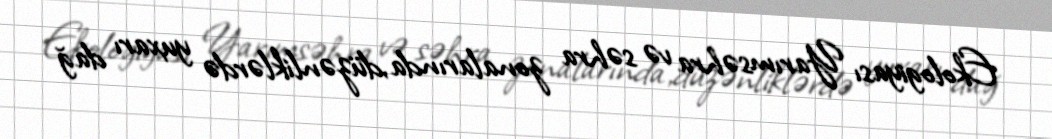
Ekologiyası Yarımsəhra və səhra zonalarında,düzənliklərdə yuxarı dağ